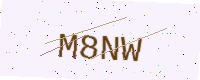
Text: M8NW